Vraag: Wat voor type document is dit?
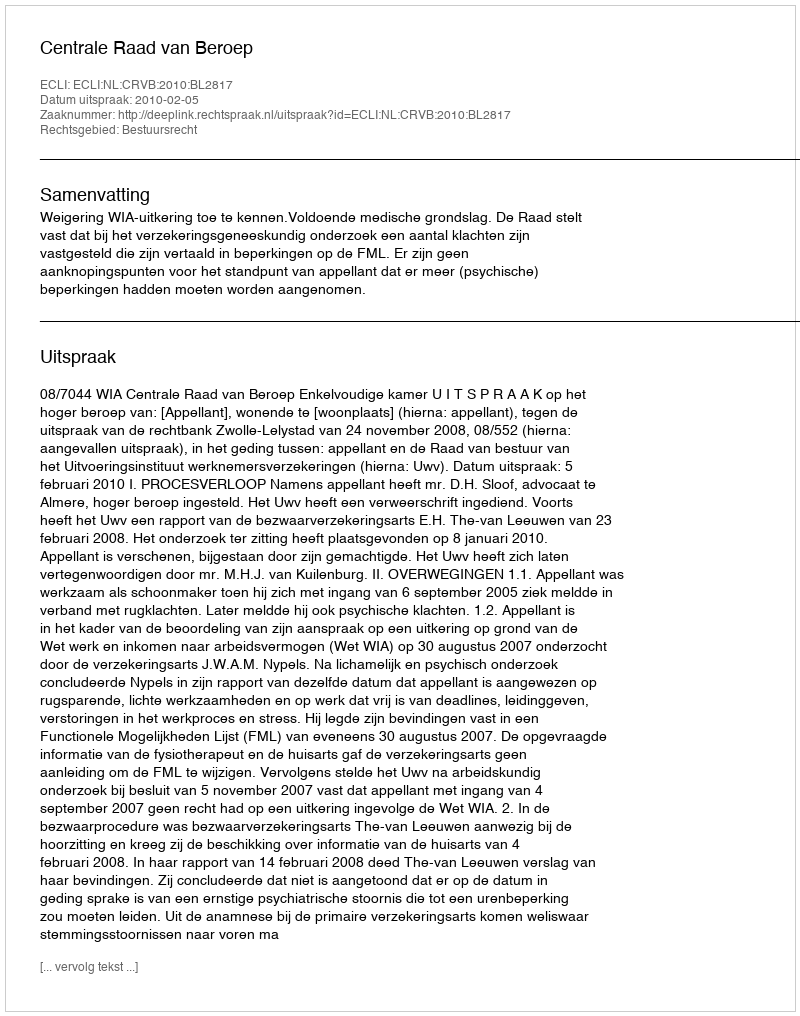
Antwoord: Uitspraak